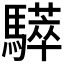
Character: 𩦗